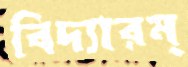
বিদ্যারম্